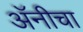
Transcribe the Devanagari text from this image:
अॅनीचा